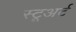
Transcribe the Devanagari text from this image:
स्टूअर्ट